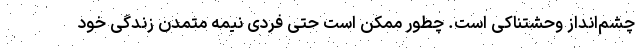
چشم‌انداز وحشتناکی است. چطور ممکن است حتی فردی نیمه متمدن زندگی خود